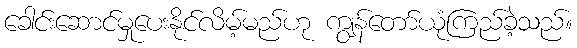
ခေါင်းဆောင်မှုပေးနိုင်လိမ့်မည်ဟု ကျွန်တော်ယုံကြည်ခဲ့သည်။